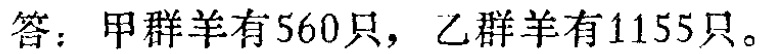
答：甲群羊有560只，乙群羊有1155只。